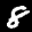
Label: 8